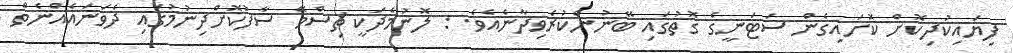
ފިޔައިކުދިކޮށް ކޮށައިގެން ސަޓަނީގެ ގޮތުގައި ބޭނުންކުރެވިދާނެއެވެ. : ލޮނުމެދަކީ ޗިސްމޭ ސާފުކޮށްދިނުމުގައި ދެވަނައެއްނެތް